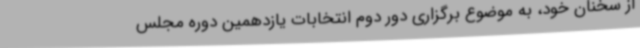
از سخنان خود، به موضوع برگزاری دور دوم انتخابات یازدهمین دوره مجلس